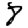
Digit: 8